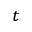
_ t